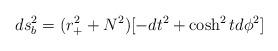
LaTeX: \begin{align*}ds_{b}^{2}=(r_{+}^{2}+N^{2})[-dt^{2}+\cosh ^{2}td\phi ^{2}] \end{align*}